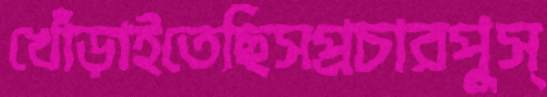
খোঁড়াইতেছিসপ্রচারপুস্